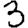
Digit: 3